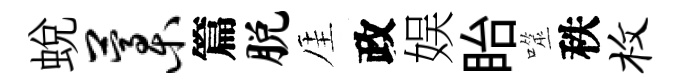
蜕藁篇脱厓政娱眙噬秩枚